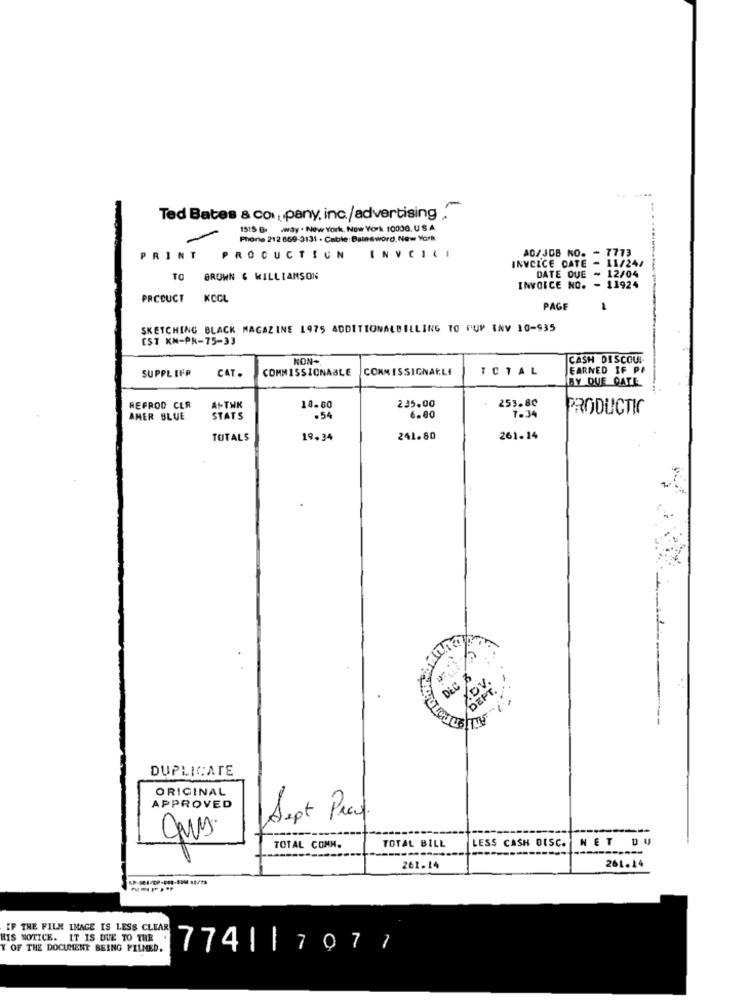
Ted Bates & company, inc./advertising
1515 Gr .way . New York, New York 10000, USA
Phone 212 869-3131 - Cable: Balesword. New York
PRINT
PROCUCTIUN
INVCLCE CATE - 11/24/
AC/JOB KO. - 7773
TO
BROWN & WILLIAMSON
DATE QUE - 12/04
INVOICE NO. - 11924
PRCOUCT
KOCL
PAGE
1
SKETCHING BLACK MAGAZINE 1975 ADDITIONALBILLING TO CUP INV 10-935
[ST KN-PR-75-33
NON-
CASH DISCOUI-
SUPPL IFP
CAT
COMMISSIONABLE
COMMISSIGNARLY
TOTAL
EARNED IF P
BY DUE QATE
235.00
253.80
REFROO CLR
At-THK
18.80
PRODUCTIC
AMER BLUE
STATS
.54
6.00
7.34
TOTAL$
19.34
241.80
261-14
DEC B
XDV.
DEPT.
DUPLICATE
ORIGINAL
APPROVED
Sept Pras
ques
LESS CASH DISC.
NET DU
TOTAL COMM.
TOTAL BILL
261.14
261.14
IF THE FILM IMAGE IS LESS CLEAR
HIS NOTICE. IT IS DUE TO THE
Y OF THE DOCUMENT BEING FILMED.
7741 | 707 /